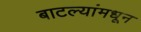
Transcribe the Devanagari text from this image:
बाटल्यांमधून